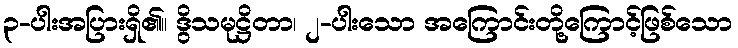
၃-ပါးအပြားရှိ၏။ ဒွိသမုဋ္ဌိတာ၊ ၂-ပါးသော အကြောင်းတို့ကြောင့်ဖြစ်သော